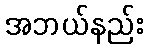
အဘယ်နည်း